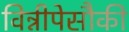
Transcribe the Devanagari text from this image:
विन्नीपेसौकी